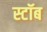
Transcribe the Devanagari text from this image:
स्टॉब